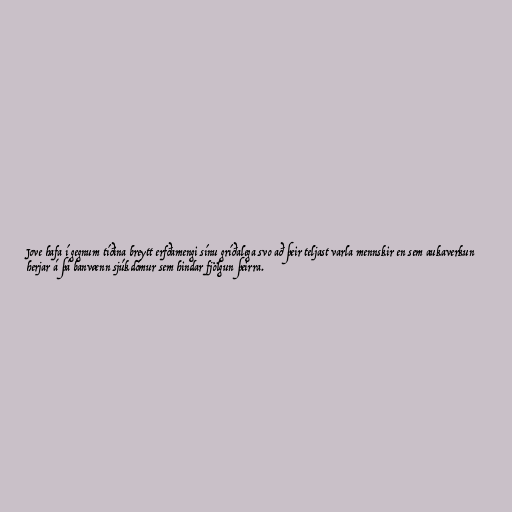
Jove hafa í gegnum tíðina breytt erfðamengi sínu gríðalega svo að þeir teljast varla mennskir en sem aukaverkun
herjar á þá banvænn sjúkdómur sem hindar fjölgun þeirra.